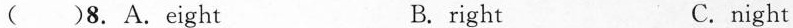
( )8. A.Eight B. right C.night